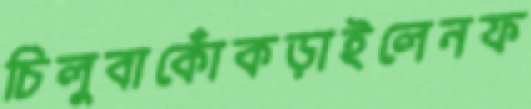
চিলুবাকোঁকড়াইলেনফ